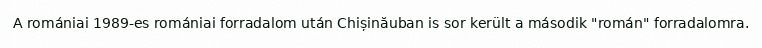
A romániai 1989-es romániai forradalom után Chișinăuban is sor került a második "román" forradalomra.